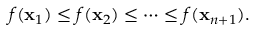
f ( \mathbf { x } _ { 1 } ) \leq f ( \mathbf { x } _ { 2 } ) \leq \cdots \leq f ( \mathbf { x } _ { n + 1 } ) .